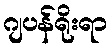
ဂျပန်ရိုးရာ